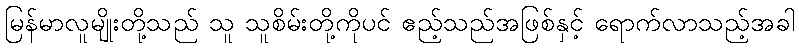
မြန်မာလူမျိုးတို့သည် သူ သူစိမ်းတို့ကိုပင် ဧည့်သည်အဖြစ်နှင့် ရောက်လာသည့်အခါ